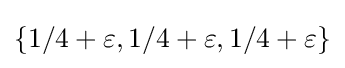
\{1/4+\varepsilon ,1/4+\varepsilon ,1/4+\varepsilon \}